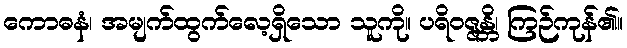
ကောဓနံ၊ အမျက်ထွက်လေ့ရှိသော သူကို။ ပရိဝဇ္ဇန္တိ၊ ကြဉ်ကုန်၏။